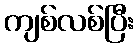
ကျစ်လစ်ပြီး